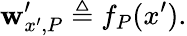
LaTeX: \mathbf{w}_{x^{\prime},P}^{\prime}\triangleq f_{P}(x^{\prime}).